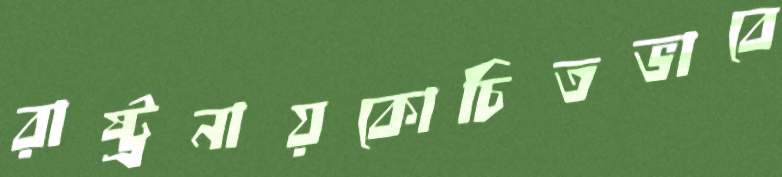
রাষ্ট্রনায়কোচিতভাবে